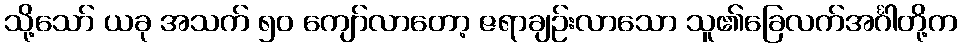
သို့သော် ယခု အသက် ၅၀ ကျော်လာတော့ ဇရာချဉ်းလာသော သူ၏ခြေလက်အင်္ဂါတို့က